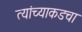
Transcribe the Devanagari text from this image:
त्यांच्याकडचा